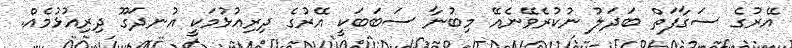
އޭރުގެ ސަގާފަތް ބަދަލު ނުކުރެވޭނެއޭ މިބުނާ ސަބަބަކީ އޭރުގެ ދިރިއުޅުމަކީ އުނދަގޫ ދިރިއުޅުމެއް.